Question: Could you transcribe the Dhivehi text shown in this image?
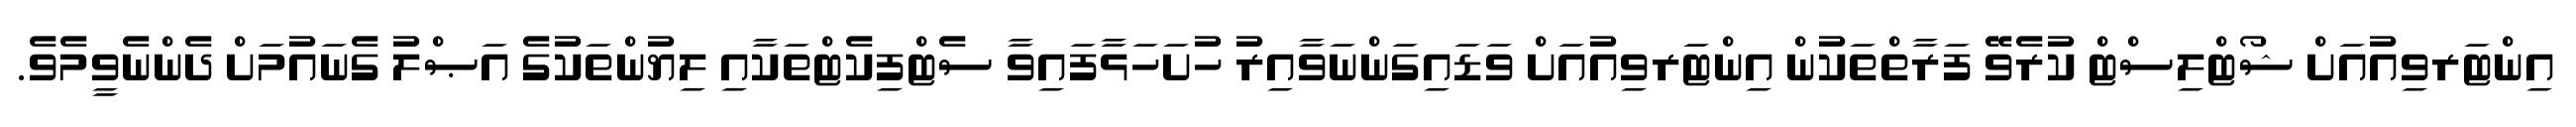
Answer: އިންޓަރވިއުއަށް ޝޯޓްލިސްޓް ކުރެވޭ ފަރާތްތަކުން އިންޓަރވިއުއަށް ވަޑައިގަންނަވާއިރު ހުށަހަޅާފައިވާ ސެޓްފިކެޓްތަކާއި ލިޔުންތަކުގެ އަޞްލު ގެނައުމަށް ދެންނެވީމެވެ.